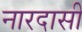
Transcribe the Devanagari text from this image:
नारदासी